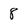
Character: 8